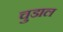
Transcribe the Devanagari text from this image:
चुडाल